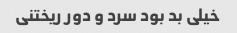
خیلی بد بود سرد و دور ریختنی